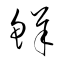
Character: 鮮